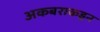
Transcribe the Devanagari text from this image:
अकबराकडून